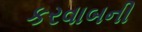
કરવાબની